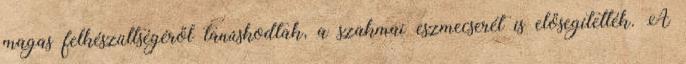
magas felkészültségéről tanúskodtak, a szakmai eszmecserét is elősegítették. A